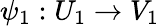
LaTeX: \psi_{1}:U_{1}\to V_{1}